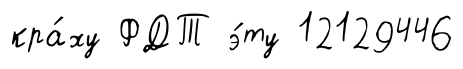
кра́ху ФДТ э́ту 12129446